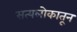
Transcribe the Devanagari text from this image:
सत्यलोकातून